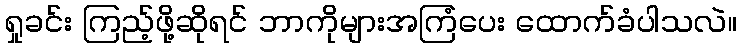
ရှုခင်း ကြည့်ဖို့ဆိုရင် ဘာကိုများအကြံပေး ထောက်ခံပါသလဲ။